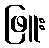
ဖြူး